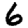
Digit: 6